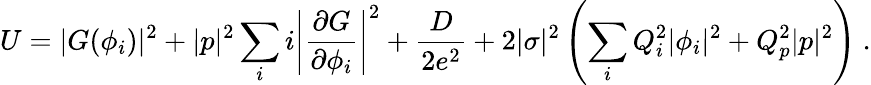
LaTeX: U=|G(\phi_{i})|^{2}+|p|^{2}\sum_{i}i\left|\frac{\partial G}{\partial\phi_{i}}\right|^{2}+\frac{D}{2e^{2}}+2|\sigma|^{2}\left(\sum_{i}Q_{i}^{2}|\phi_{i}|^{2}+Q_{p}^{2}|p|^{2}\right)\ .